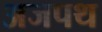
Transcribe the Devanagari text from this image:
अजपथ